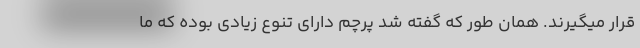
قرار میگیرند. همان طور که گفته شد پرچم دارای تنوع زیادی بوده که ما